Civil Veterinary Department. United Provinces 1923-31 - 1923-1931
Year: 1923
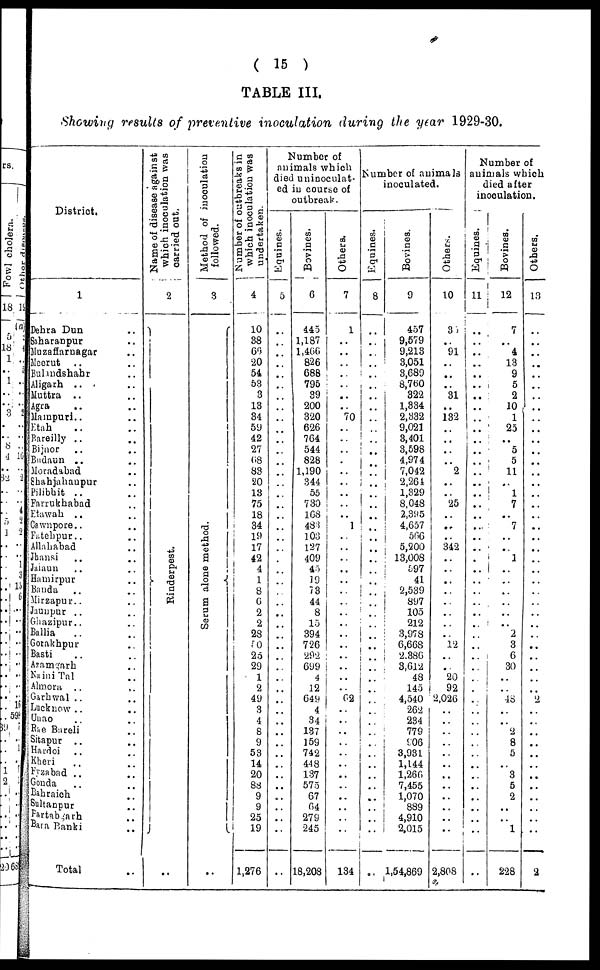
(15)
TABLE III.
Showing results of preventive inoculation during the year 1929-30.
District.
1
Dehra Dun ..
Saharanpur ..
Muzaffarnagar ..
Meerut .. ..
Bulandshahr ..
Aligarh .. ..
Muttra .. ..
Agra .. ..
Mainpuri.. ..
Etah .. ..
Rareilly .. ..
Bijnor .. ..
Budaun .. ..
Mocadabad ..
Shahjahanpur ..
Pilibhit .. ..
Farrukhabad ..
Etawah .. ..
Cawnpore.. ..
Fatehpur.. ..
Allahabad ..
Jhansi .. ..
Jaiaun .. ..
Hamirpur ..
Banda .. ..
Mirzapur.. ..
Jaunpur .. ..
Ghazipur.. ..
Ballia .. ..
Gorakhpur ..
Basti .. ..
Azamgarh .. ..
Naini Tal .. ..
Almora ..
..
Garhwal .. ..
Lucknow .. ..
Unao .. ..
Rae Bareli ..
Sitapur .. ..
Hardoi .. ..
Kheri .. ..
Fyzabad .. ..
Gonda .. ..
Babraich
..
Sultanpur ..
Fartabgarh ..
Bara
Banki
..
Total ..
Name of disease against
which inoculation was
carried out,
2
Rinderpest.
..
Method of inoculation
followed.
3
Serum alone method.
..
Number
of outbreaks in
which inoculation was
undertaken.
4
10
38
60
20
54
53
3
13
34
59
42
27
68
83
20
13
75
18
34
19 17
42
4
1
8
6
2
2
28
50
25
29
1
2
49
3
4
8
9
53
14
20
88
9
9
25
19
1,276
Number of
animals which
died uninoculat-
ed in course of
outbreak.
Equines.
5
..
..
..
..
..
..
..
..
..
..
..
..
..
..
..
..
..
..
..
..
..
..
..
..
..
..
..
..
..
..
..
..
..
..
..
..
..
..
..
..
..
..
..
..
..
..
..
..
Bovines.
6
445
1,187
1,466
826
688
795
39
200
320
626
764
544
828
1,190
344
55
730
168
483
103
127
409
45
19
73
44
8
15
394
726
292
699
4
12
649
4
34
137
159
742
448
137
575
67
64
279
245
18,208
Others.
7
1
..
..
..
..
..
..
..
70
..
..
..
..
..
..
..
..
..
1
..
..
..
..
..
..
..
..
..
..
..
..
..
..
..
62
..
..
..
..
..
..
..
..
..
..
..
..
134
Number of animals
inoculated.
Equines.
8
..
..
..
..
..
..
..
..
..
....
..
..
..
..
..
..
..
..
..
..
..
..
..
..
..
..
..
..
..
..
..
..
..
..
..
..
..
..
..
..
..
..
..
..
..
..
..
..
Bovines.
9
457
9,579
9,213
3,051
3,689
8,700
322
1,334
2,332
9,021
3,401
3,598
4,974
7,042
2,264
1,329
8,048
2,395
4,657
566
5,200
13,008
597
41
2,539
897
105
212
3,978
6,668
2,386
3,612
48
145
4,540
262
234
779
906
3,931
1,144
1,260
7,455
1,070
889
4,910
2,015
1,54,869
Others.
10
38
..
91
..
..
..
31
..
132
..
..
..
..
2
..
25
..
..
..
342
..
..
..
..
..
..
..
..
12
..
..
20
92
2,026
..
..
..
..
..
..
..
..
..
..
..
..
2,808
Number of
animals which
died after
inoculation.
Equines.
11
..
..
..
..
..
..
..
..
..
..
..
..
..
..
..
..
..
..
..
..
..
..
..
..
..
..
..
..
..
..
..
..
..
..
..
..
..
..
..
..
..
..
..
..
..
..
..
..
Bovines.
12
7
..
4
13
9
5
2
10
1
25
..
5
5
11
..
1
7
..
7
..
..
1
..
..
..
..
..
..
2
3
6
30
..
..
48
..
..
2
8
5
..
3
5
2
..
..
1
228
Others.
13
..
..
..
..
..
..
..
..
..
..
..
..
..
..
..
..
..
..
..
..
..
..
..
..
..
..
..
..
..
..
..
..
..
..
..
..
..
..
..
..
..
..
..
..
..
..
..
2